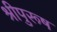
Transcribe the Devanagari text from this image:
श्रीपुरूष